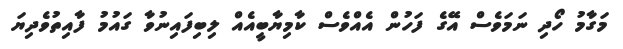
މަގާމު ހޯދި ނަމަވެސް އޭގެ ފަހުން އެއްވެސް ކާމިޔާބީއެއް ލިބިފައިނުވާ ގައުމު ފާއިތުވެދިޔަ